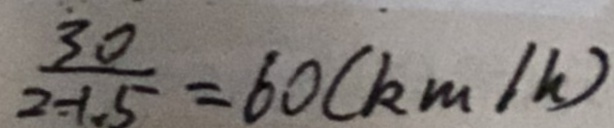
\frac { 3 0 } { 2 - 1 . 5 } = 6 0 ( k m / h )